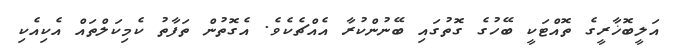
އަލީބޮޚާރީގެ ތޮއްޓަކީ ބޭހުގެ ގޮތުގައި ބޭނުންކުރާ އެއްޗެކެވެ. އެގޮތުން ތަފާތު ކެމިކަލްތައް އެކިއެކި